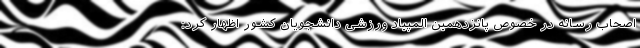
اصحاب رسانه در خصوص پانزدهمین المپیاد ورزشی دانشجویان کشور اظهار کرد: